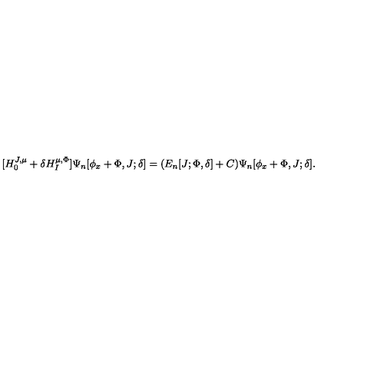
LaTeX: [ H _ { 0 } ^ { J , \mu } + \delta H _ { I } ^ { \mu , \Phi } ] \Psi _ { n } [ \phi _ { x } + \Phi , J ; \delta ] = ( E _ { n } [ J ; \Phi , \delta ] + C ) \Psi _ { n } [ \phi _ { x } + \Phi , J ; \delta ] .